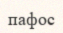
пафос